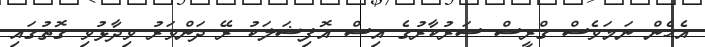
އެހެން ނަމަވެސް ގްރީސް ސަރުކާރުގެ އިސް އޮފިޝަލަކު ރޭ ދަންވަރު ވިދާޅުވި ގޮތުގައި